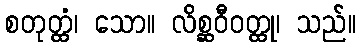
စတုတ္ထံ၊ သော။ လိစ္ဆဝီဝတ္ထု၊ သည်။